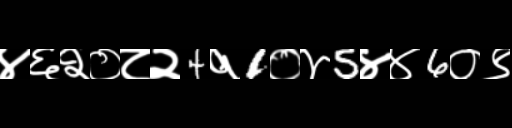
Text: ४६२०८२4१1०४5४४6०९